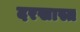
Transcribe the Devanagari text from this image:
दरखास्त